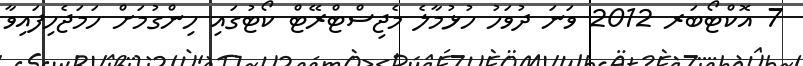
7 އޮކްޓޯބަރ 2012 ވަނަ ދުވަހު ހުޅުމާލެ މެޖިސްޓްރޭޓް ކޯޓުގައި ހިންގުމަށް ހަމަޖެހިފައިވާ